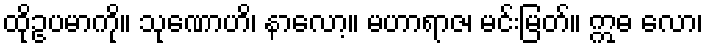
ထိုဥပမာကို။ သုဏောဟိ၊ နာလော့။ မဟာရာဇ၊ မင်းမြတ်။ ဣဓ လော၊